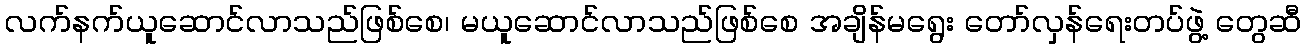
လက်နက်ယူဆောင်လာသည်ဖြစ်စေ၊ မယူဆောင်လာသည်ဖြစ်စေ အချိန်မရွေး တော်လှန်ရေးတပ်ဖွဲ့ တွေဆီ